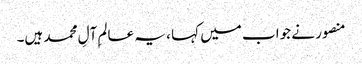
منصور نے جواب میں کہا ، یہ عالمِ آلِ محمد ہیں۔